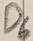
Text: D6